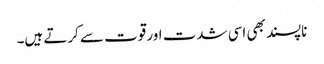
ناپسند بھی اسی شدت اور قوت سے کرتے ہیں۔